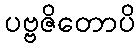
ပဗ္ဗဇိတောပိ